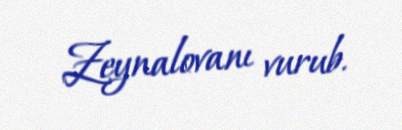
Zeynalovanı vurub.